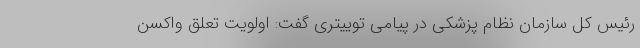
رئیس کل سازمان نظام پزشکی در پیامی توییتری گفت: اولویت تعلق واکسن